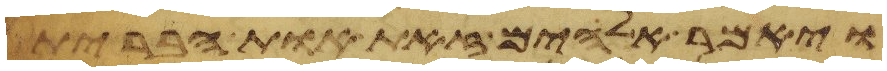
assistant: ויאמר אלהים זאת אות הברית